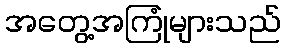
အတွေ့အကြုံများသည်